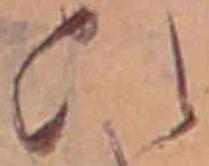
ひ